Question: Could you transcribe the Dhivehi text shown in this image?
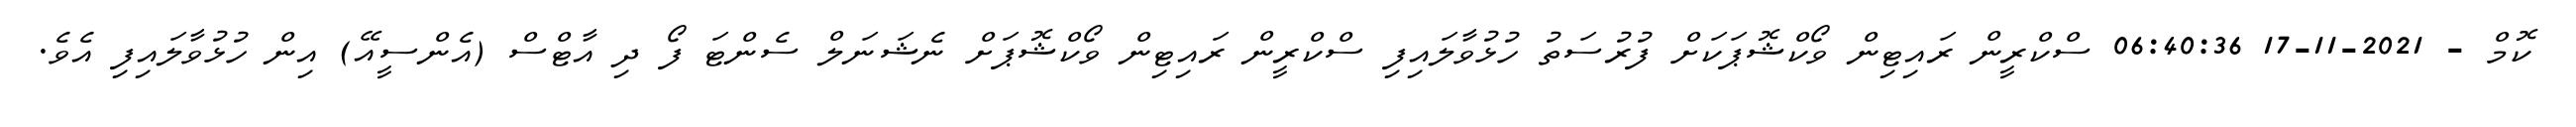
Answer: ކޮމް - 2021-11-17 06:40:36 ސްކްރީން ރައިޓިން ވޯކްޝޮޕަކަށް ފުރުސަތު ހުޅުވާލައިފި ސްކްރީން ރައިޓިން ވޯކްޝޮޕަށް ނެޝަނަލް ސެންޓަ ފޯ ދި އާޓްސް (އެންސީއޭ) އިން ހުޅުވާލައިފި އެވެ.